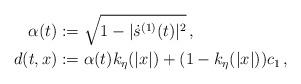
LaTeX: \begin{align*}\alpha(t) & := \sqrt{1-|\dot{s}^{(1)}(t)|^2}\,,\\d(t,x) & := \alpha(t) k_{\eta}(|x|) + (1-k_\eta(|x|)){c_1}\,,\end{align*}